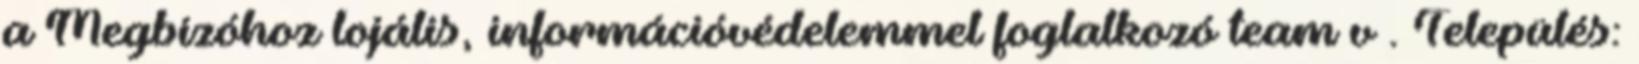
a Megbízóhoz lojális, információvédelemmel foglalkozó team v . Település: